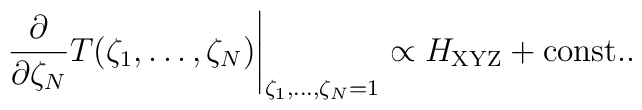
\left.\frac{\partial}{\partial\zeta_N}    T(\zeta_1,\ldots,\zeta_N)\right|_{\zeta_1,\ldots,\zeta_N=1} \propto  H_{\mbox{\scriptsize XYZ}}+\mbox{const.}.